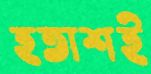
হতাশই